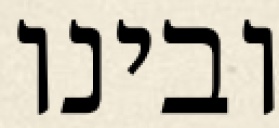
ובינו